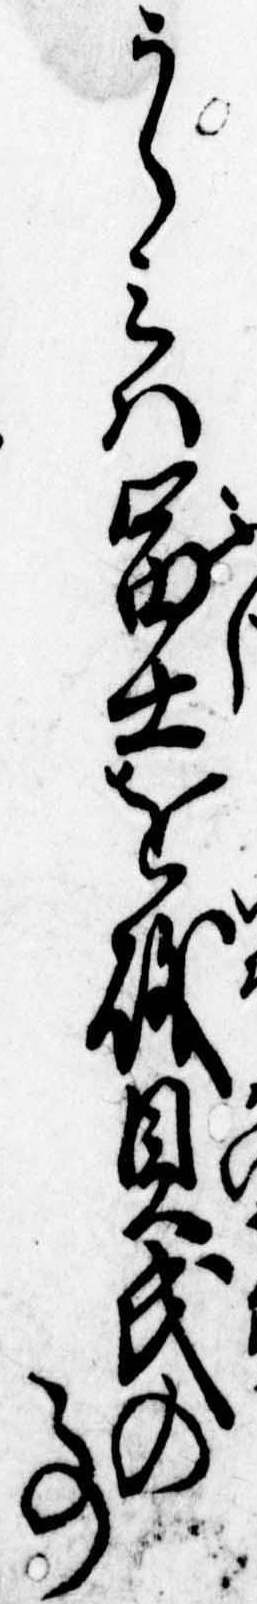
うらみは富士を磯貝氏の事